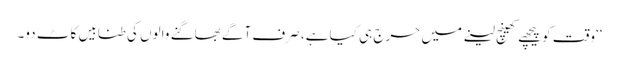
‘‘وقت کو پیچھے کھینچ لینے میں حرج ہی کیا ہے، صرف آگے بھاگنے والوں کی طنابیں کاٹ دو۔